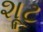
શૂટ